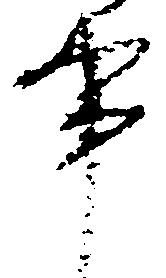
事